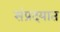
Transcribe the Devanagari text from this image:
संप्रदयात